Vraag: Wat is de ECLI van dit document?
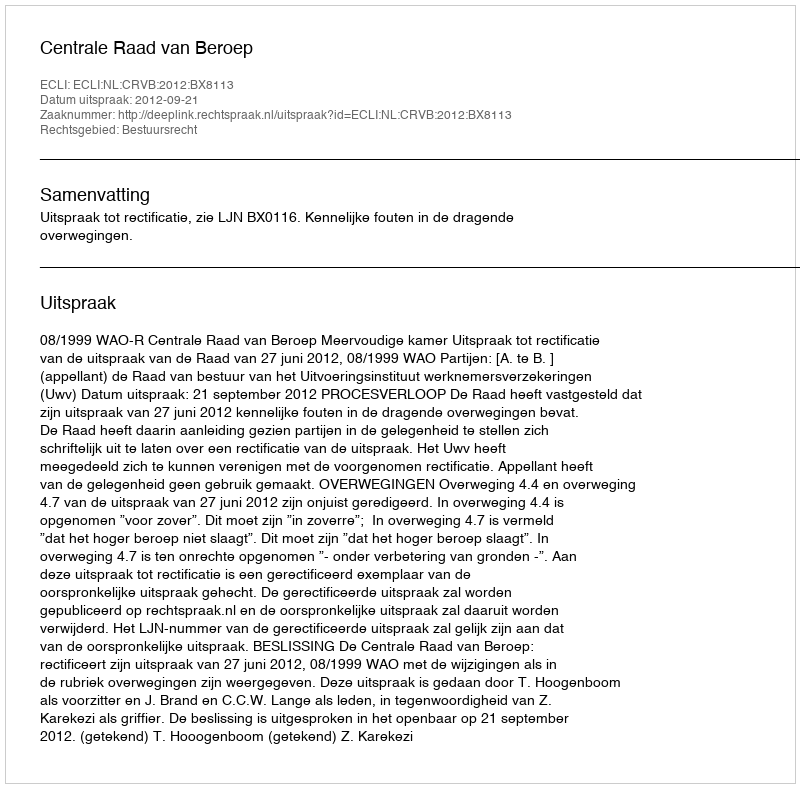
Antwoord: ECLI:NL:CRVB:2012:BX8113